Trukikaitis_Postimees, lk 149
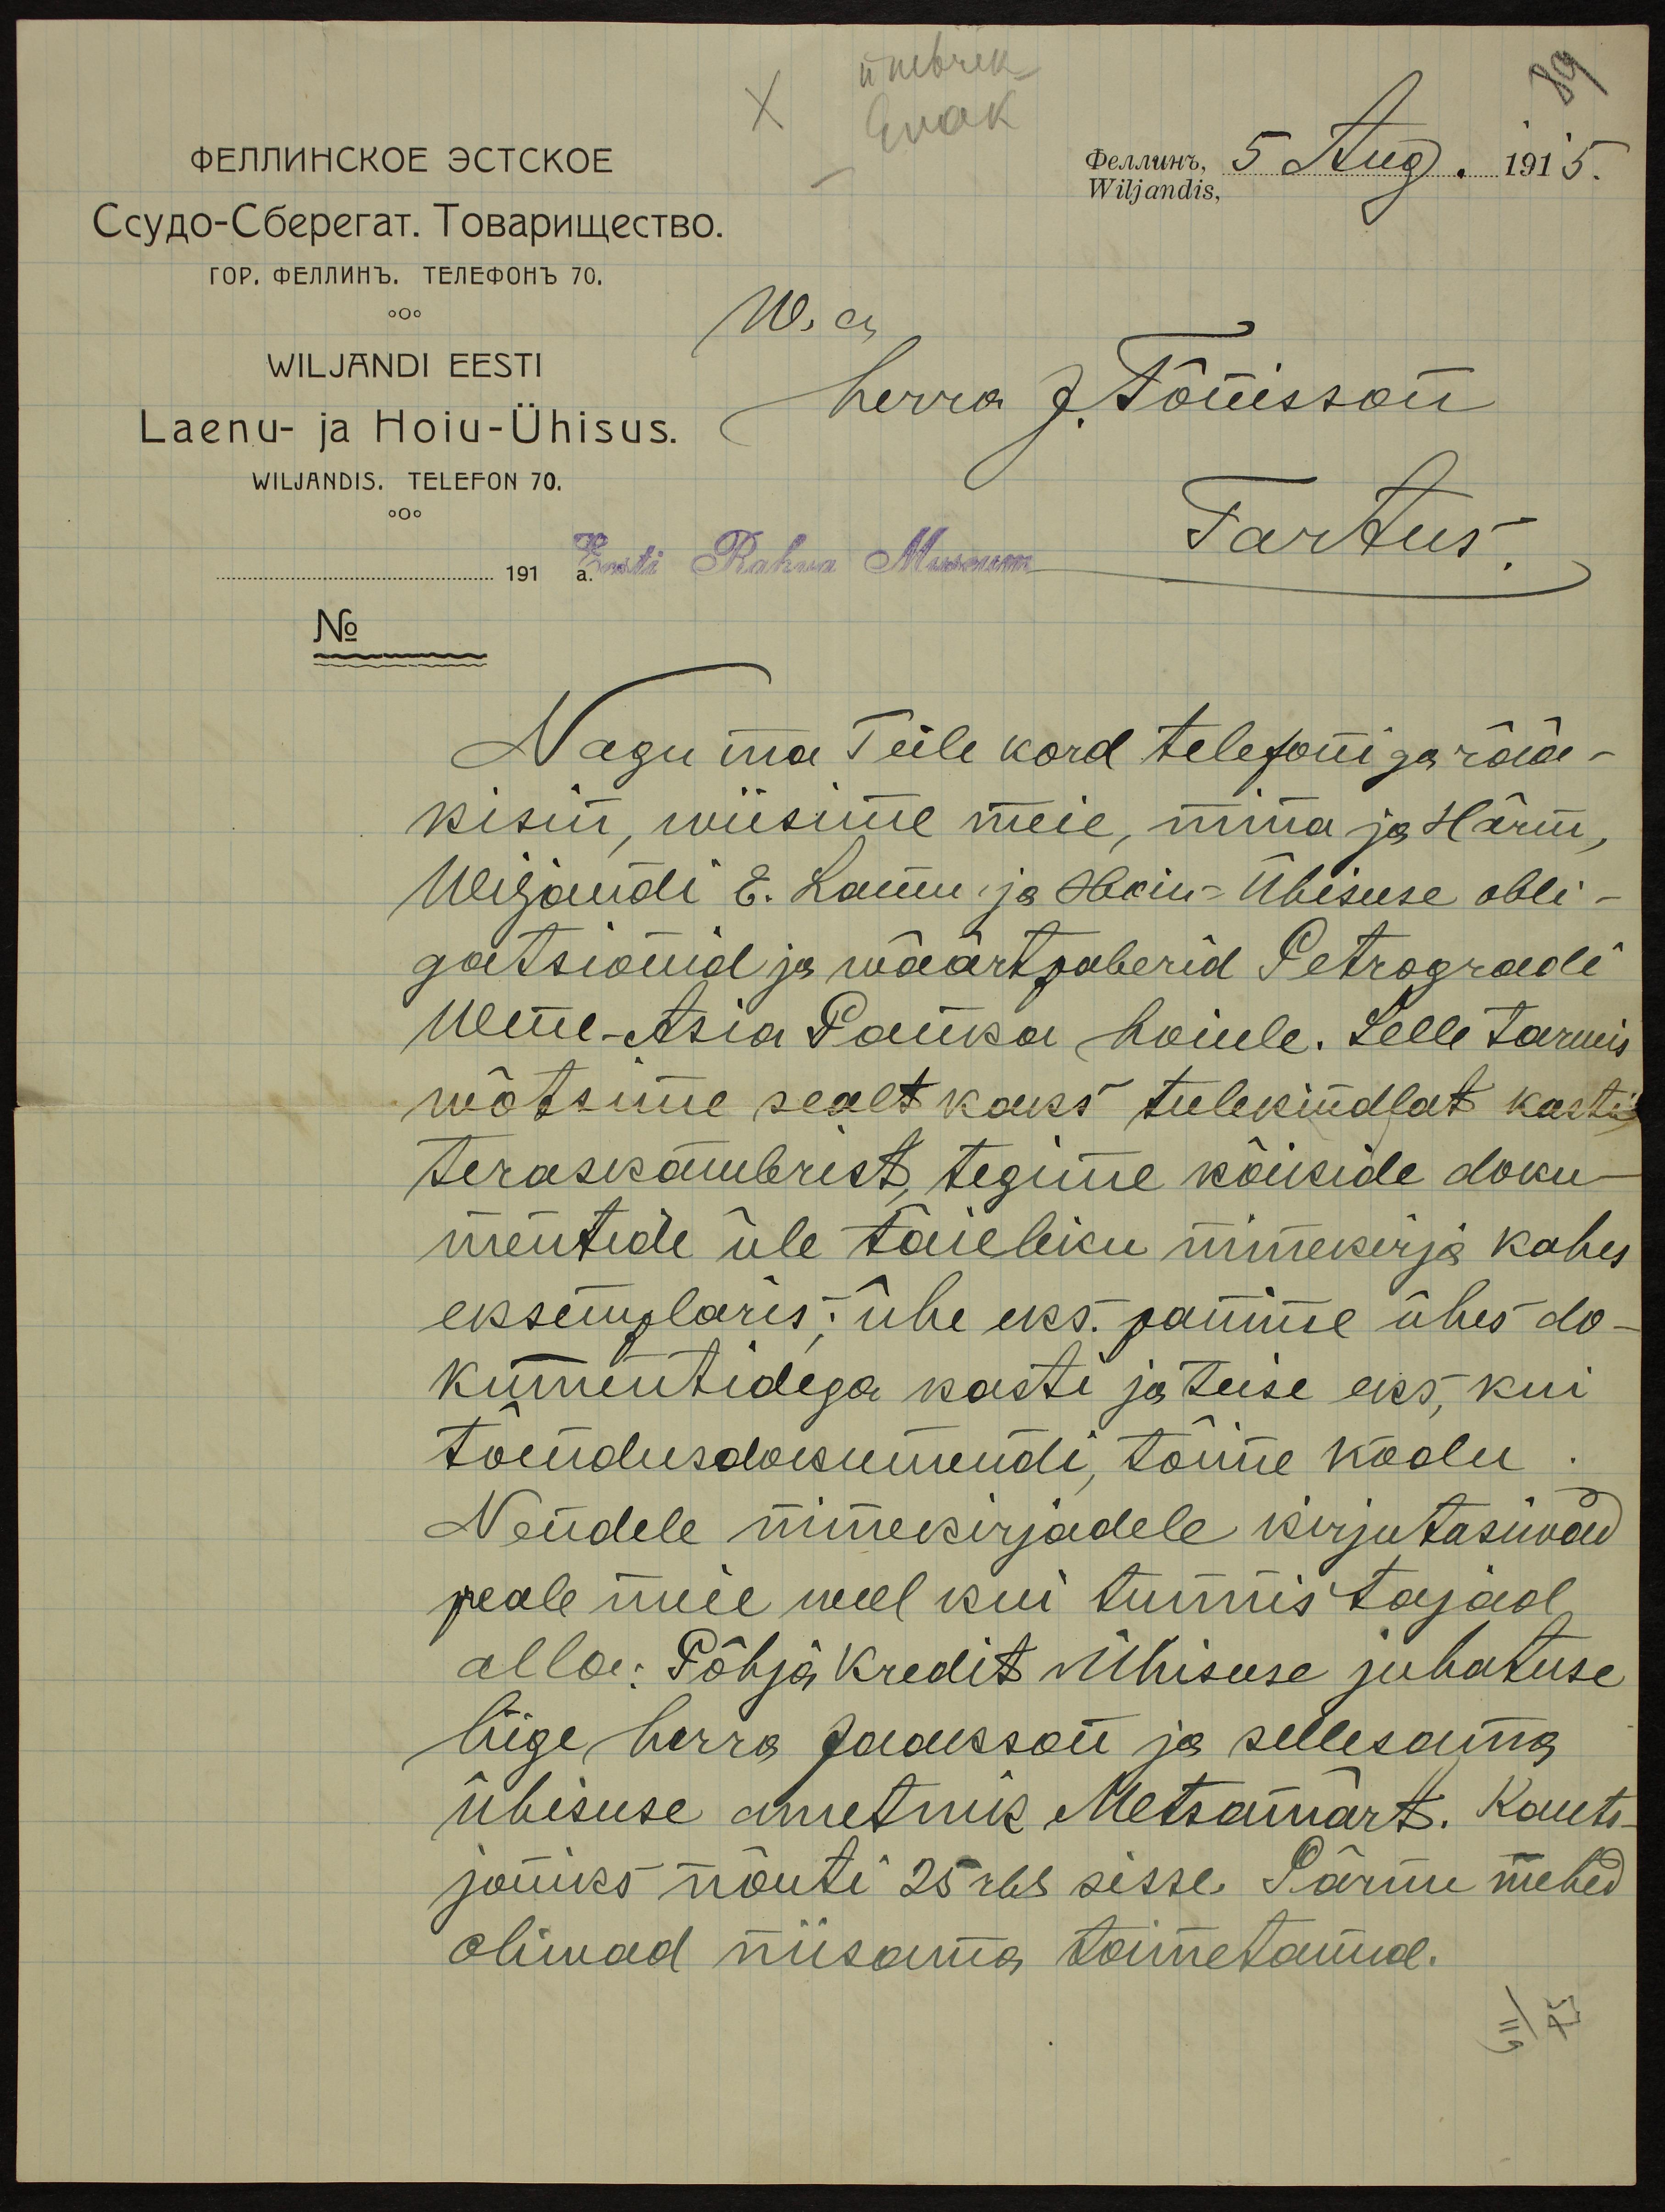
белнчъ. 5 Aug. 1915.
Wiljandis,
W. a
herra J. Tõnisson
WILJANDI EESTI
Laenu- ja Hoiu-Ühisus.
WILJANDIS. TELEFON 70.
Eesti Rahwa Museum
Tartus.
191
No
Nagu ma Teile kord telefoniga rää-
kisin, wiisime meie, mina ja Härm,
Wiljandi E. Laenu ja Hoiu-Ühisuse obli-
gatsionid ja wäärtpaberid Petrogradi
Wene-Asia Panka hoiule. Selle tarwis
wõtsime sealt kaks tulekindlat kasti
teraskambrist, tegime kõikide doku-
mentide üle täieliku nimekirja kahes
eksemplaris: ühe eks. panime ühes do-
kumentidega kasti ja teise eks, kui
tõendusdokumendi, tõime kodu.
Nendele nimekirjadele kirjutasiwad
peale meie weel kui tunnistajad
alla: Põhja kredit ühisuse juhatuse
liige herra Jaakson ja sellesama
ühisuse ametnik Metsamärt. Kauts-
joniks nõuti 25 rbl sisse. Pärnu mehed
oliwad niisama toimetanud.